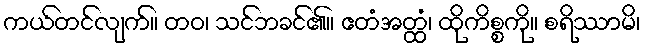
ကယ်တင်လျက်။ တဝ၊ သင်ဘခင်၏။ ဧတံအတ္ထံ၊ ထိုကိစ္စကို။ စရိဿာမိ၊